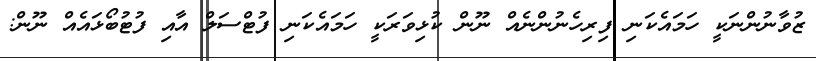
ޒުވާނުންނަކީ ހަމައެކަނި ފިރިހެނުންނެއް ނޫން ކުޅިވަރަކީ ހަމައެކަނި ފުޓްސަލް އާއި ފުޓުބޯޅައެއް ނޫން: